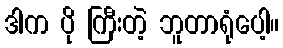
ဒါက ပို ကြီးတဲ့ ဘူတာရုံပေါ့။